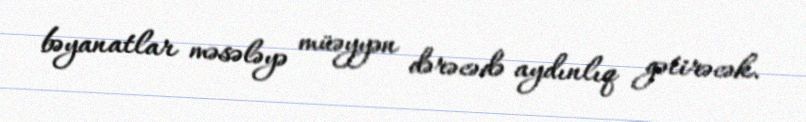
bəyanatlar məsələyə müəyyən dərəcədə aydınlıq gətirəcək.